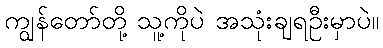
ကျွန်တော်တို့ သူ့ကိုပဲ အသုံးချရဦးမှာပဲ။